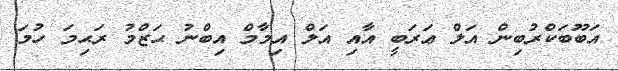
އަބޫބަކްރުބިން އަލް ޢަރަބީ އާއި އަލް އިމާމް އިބްނު ޙަޒްމު ރަޙިމަ ހުމަ